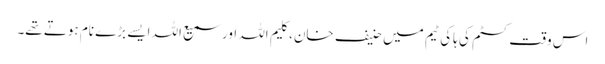
اس وقت کسٹم کی ہاکی ٹیم میں حنیف خان، کلیم اللہ اور سمیع اللہ ایسے بڑے نام ہوتے تھے۔